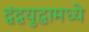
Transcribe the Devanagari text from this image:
द्वंद्वयुद्धामध्ये